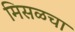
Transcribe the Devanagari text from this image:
मिसळचा